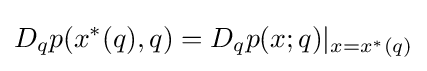
D_{q}p(x^{*}(q),q)=D_{q}p(x;q)|_{x=x^{*}(q)}